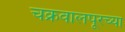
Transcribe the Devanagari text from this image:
चक्रवालपूरच्या